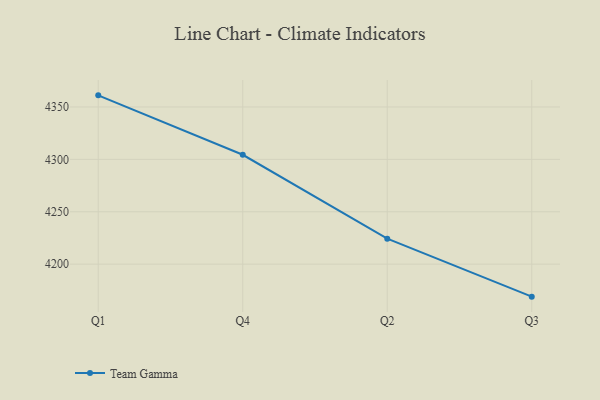
{"axis": {"x": "Quarter", "y": "Net Income (USD K)"}, "legend": ["Team Gamma"], "data": [{"x": "Q1", "y": 4361.1, "type": "Team Gamma"}, {"x": "Q4", "y": 4304.4, "type": "Team Gamma"}, {"x": "Q2", "y": 4224.3, "type": "Team Gamma"}, {"x": "Q3", "y": 4169.0, "type": "Team Gamma"}]}